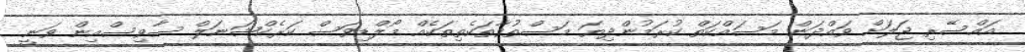
އައްސޭރި ޖަލަށް ވައްދަން މަސައްކަތް ކުރަމުންދިޔަ މަސްތުވާތަކެތިތަކެއް މޯލްޑިވަސް ކަރެކްޝަނަލް ސާވިސްއިން ވަނީ